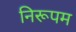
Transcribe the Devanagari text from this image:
निरूपम